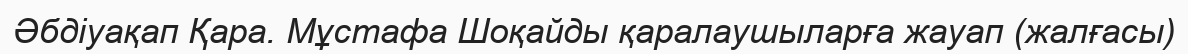
Әбдіуақап Қара. Мұстафа Шоқайды қаралаушыларға жауап (жалғасы)